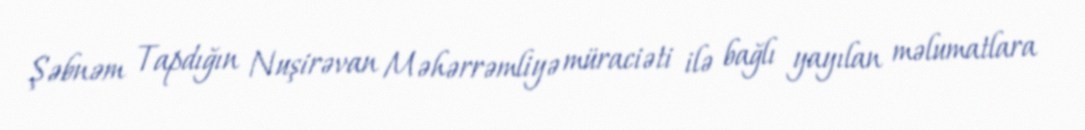
Şəbnəm Tapdığın Nuşirəvan Məhərrəmliyə müraciəti ilə bağlı yayılan məlumatlara